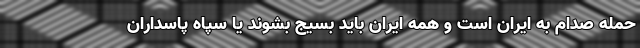
حمله صدام به ایران است و همه ایران باید بسیج بشوند یا سپاه پاسداران